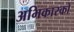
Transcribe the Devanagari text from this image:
अभिकारको